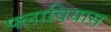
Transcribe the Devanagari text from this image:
फ्लावियास